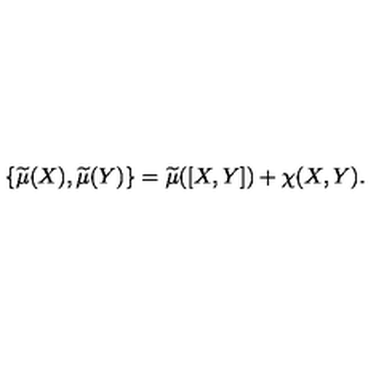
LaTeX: \{ \widetilde { \mu } ( X ) , \widetilde { \mu } ( Y ) \} = \widetilde { \mu } ( [ X , Y ] ) + \chi ( X , Y ) .